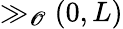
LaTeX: \gg_{\mathscr{O}}(0,L)